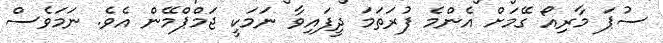
ސުޕަ މާރިއޯ ގޭމަށް އެންމެ ފުރަތަމަ ދީފައިވާ ނަމަކީ ޖަމްޕްމޭން އެވެ. ނަމަވެސް